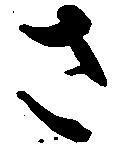
さ